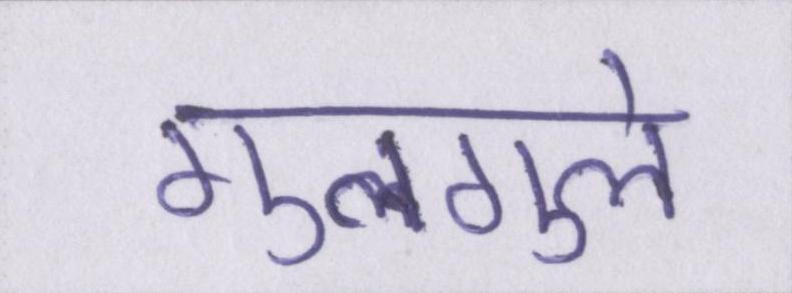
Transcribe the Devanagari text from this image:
गुलगुले